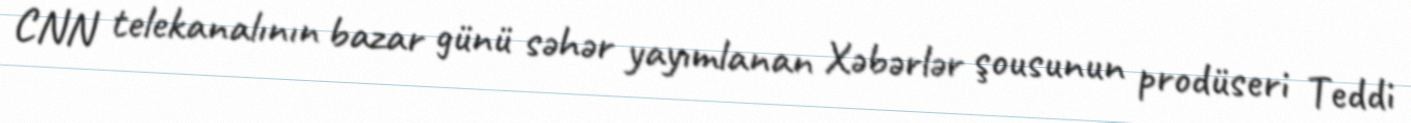
CNN telekanalının bazar günü səhər yayımlanan Xəbərlər şousunun prodüseri Teddi